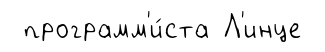
программ'и́ста Л'инце